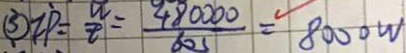
\textcircled { 3 } Z P = \frac { \pi } { t } = \frac { 4 8 0 0 0 0 } { 6 0 5 } = 8 0 0 0 W